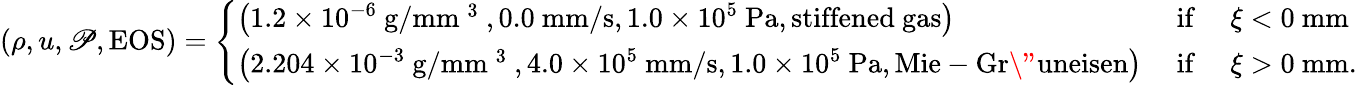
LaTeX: (\rho,u,\mathscr{P},\mathrm{{EOS}})=\left\{ \begin{array}{ll}{\left(1.2\times 10^{-6}~\mathrm{g/mm~^3~},0.0~\mathrm{mm/s},1.0\times 10^{5}~\mathrm{Pa},\mathrm{stiffened~gas}\right)}&{\mathrm{~if~}\quad\xi<0~\mathrm{mm}}\\ {\left(2.204\times 10^{-3}~\mathrm{g/mm~^3~},4.0\times 10^{5}~\mathrm{mm/s},1.0\times 10^{5}~\mathrm{Pa},\mathrm{Mie-Gr\" {u}neisen}\right)}&{\mathrm{~if~}\quad\xi>0~\mathrm{mm}.}\end{array}\right.